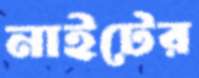
নাইটের